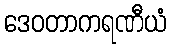
ဒေဝတာကရဏီယံ